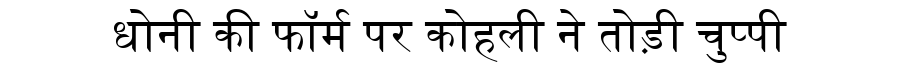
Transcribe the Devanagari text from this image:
धोनी की फॉर्म पर कोहली ने तोड़ी चुप्पी